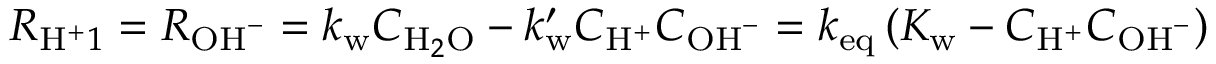
R _ { \mathrm { H } ^ { + } 1 } = R _ { \mathrm { O H } ^ { - } } = k _ { \mathrm { w } } C _ { \mathrm { H } _ { 2 } \mathrm { O } } - k _ { \mathrm { w } } ^ { \prime } C _ { \mathrm { H } ^ { + } } C _ { \mathrm { O H } ^ { - } } = k _ { \mathrm { e q } } \left( K _ { \mathrm { w } } - C _ { \mathrm { H } ^ { + } } C _ { \mathrm { O H } ^ { - } } \right)